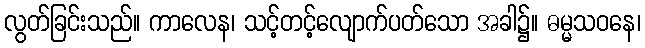
လွတ်ခြင်းသည်။ ကာလေန၊ သင့်တင့်လျောက်ပတ်သော အခါ၌။ ဓမ္မသဝနေ၊